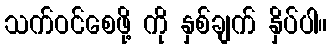
သက်ဝင်စေဖို့ ကို နှစ်ချက် နှိပ်ပါ။